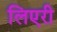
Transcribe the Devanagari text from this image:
लिएरी